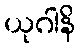
ယုဂါနိ